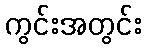
ကွင်းအတွင်း